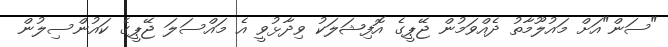
"ސަން"އަށް މައުލޫމާތު ދެއްވަމުން ޖޭޕީގެ އޮފިޝަލަކު ވިދާޅުވީ އެ މައްސަލަ ޖޭޕީގެ ކައުންސިލުން